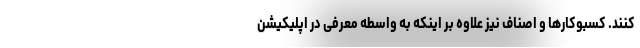
کنند. کسبوکارها و اصناف نیز علاوه بر اینکه به واسطه معرفی در اپلیکیشن